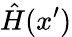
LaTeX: \hat{H}(x^{\prime})